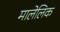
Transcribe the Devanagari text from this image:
मालेलिक